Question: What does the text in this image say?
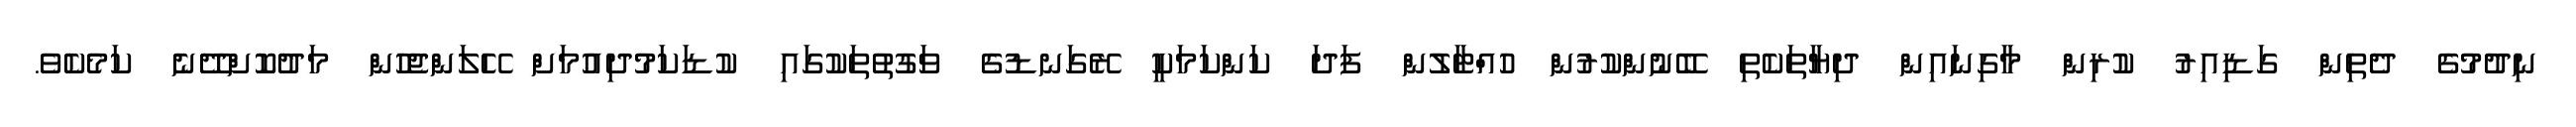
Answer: ނިދުމުގެ ދެތިން ގަޑިއިރު ކުރިން މާގިނައިން ދިޔާތަކެތި ބޭނުންކުރުން ހުއްޓާލުން ފަދަ ކަންކަމަކީ ރޭގަނޑުގެ ވަގުތުތަކުގައި ކުޑަކަމުދިއުމަށް ހޭލަންޖެހުން މަދުކޮށްދޭނެ ކަމެކެވެ.